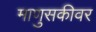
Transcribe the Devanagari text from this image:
माणुसकीवर